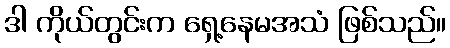
ဒါ ကိုယ်တွင်းက ရှေ့နေမအသံ ဖြစ်သည်။